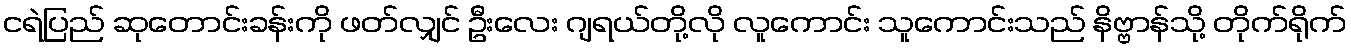
ငရဲပြည် ဆုတောင်းခန်းကို ဖတ်လျှင် ဦးလေး ဂျရယ်တို့လို လူကောင်း သူကောင်းသည် နိဗ္ဗာန်သို့ တိုက်ရိုက်